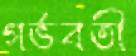
গর্ভবতী